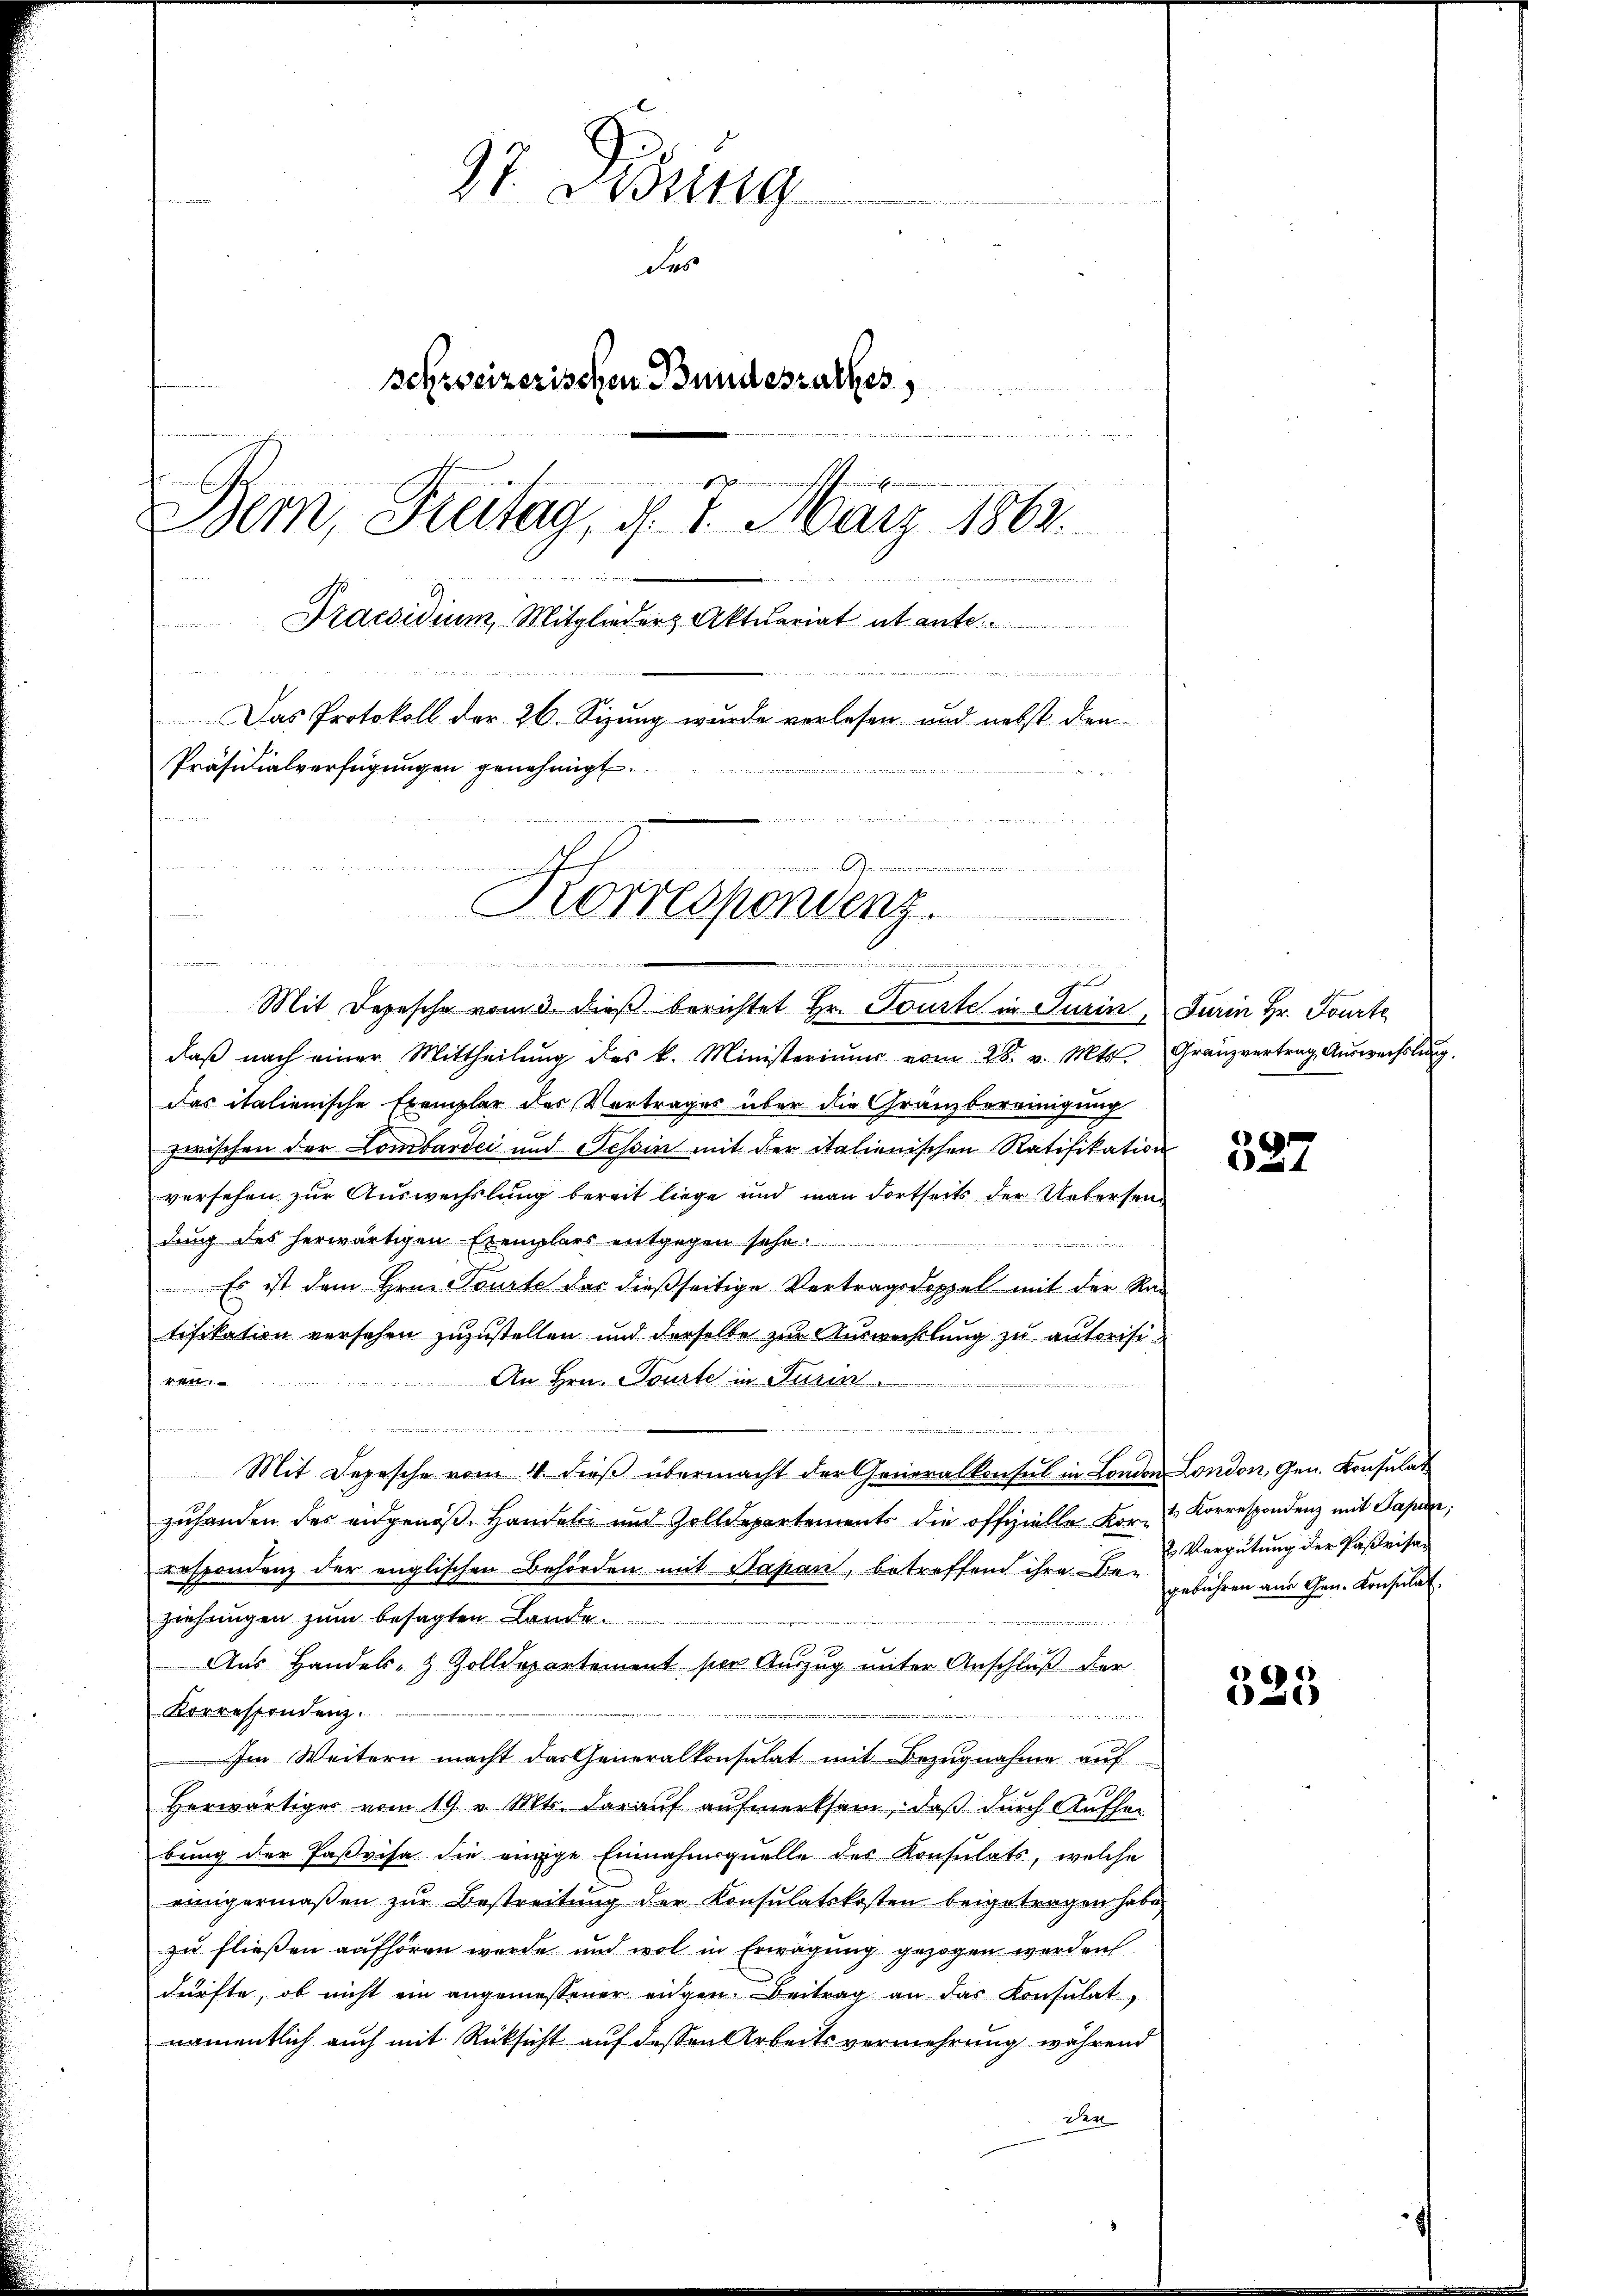
97. Dessing
des
schreizerischen Bundesrathes,
d
Bern, Freitag, d. 7. März 1864.
Praesidium, Mitglieder Aktuariat et ante
Das Protokoll der 26. Sizung wurde verlesen und nebst den
Präsidialverfügungen genehmigt.
angemeinen
Korrespondenz.

Mit Depesche vom 3. dieß berichtet Hr. Touste in Turin, Furin Hr. Fourte
daβ nach einer Mittheilŭng des k. Ministerium vom 28. v. Mts. Granzvertrag Aŭswechslung.
das italienische Exemplar des Vertrages über die Gränzbereinigung
zwischen der Lombardi und Tessin mit der italienischen Ratifikation
versehen zur Auswechslung bereit liege und man dortseits der Uebersend
dung des herwärtigen Exemplars entgegen sehe
 Es ist dem Hrn. Tourte das dießseitige Vertragsdoppel mit der Ra
tifikation versehen zuzustellen und derselbe zur Auswechslung zu autorisi¬
 An Hrn. Tourte in Turin
ran

.
Mit Depesche vom 4. dieß übermacht der Generalkonsul in London London, Gen. Konsulat
zuhanden des angenoß. Handeln und Zolldepartements die offizielle Korrespondenz der englischen Behörden mit Papan, betreffend ihre Be- geführen aus Gen. Konsulat
ziehungen zum besagten Lande
Aus Handels- & Zolldepartement ser Auszug unter Anschluß der
Korrespondenz.

Im Weitern macht das Generalkonsulat mit Bezugnahme auf
Herwärtiger vom 19. v. Mts. darauf aufmerksam, daß durch Aufher
bung der Faßvisa die einige Einnahmsquelle der Konsulats, welche
ringermaßen zur Bestreitung der Konsulatskosten beigetragen habe
zu fließen aufhören wurde und wol in Erwägung gezogen werden
dürfte, ob nicht ein angemessener eidgen. Beitrag an das Consulat,
namentlich auch mit Rücksicht auf dessen Arbeitsvermehrung während
der

in die es ein und die die Bedeute und der Fried den

527

t. Korrespondenz mit Papan;
2. Vergütung der Päßeisan

6
520